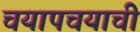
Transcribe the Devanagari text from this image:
चयापचयाची